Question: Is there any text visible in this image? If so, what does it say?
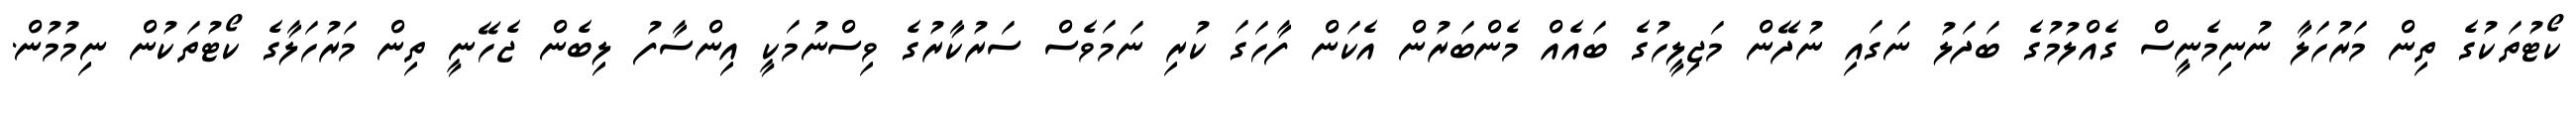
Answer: ކޯޓުތަކުގެ ތިން މަރުހަލާ ނުނިމެނީސް ގެއްލުމުގެ ބަދަލު ނަގައި ނުދޭން މަޖިލީހުގެ ބައެއް މެންބަރުން އެކަން ފާހަގަ ކުރި ނަމަވެސް ސަރުކާރުގެ ވިސްނުމަކީ އިންސާފު ލިބެން ޖެހޭނީ ތިން މަރުހަލާގެ ކޯޓުތަކުން ނިމުމުން.